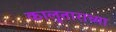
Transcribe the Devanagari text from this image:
कालुताराच्या